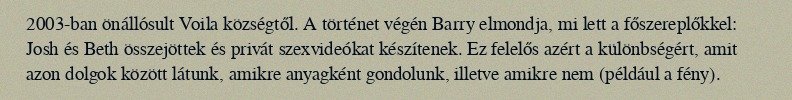
2003-ban önállósult Voila községtől. A történet végén Barry elmondja, mi lett a főszereplőkkel: Josh és Beth összejöttek és privát szexvideókat készítenek. Ez felelős azért a különbségért, amit azon dolgok között látunk, amikre anyagként gondolunk, illetve amikre nem (például a fény).